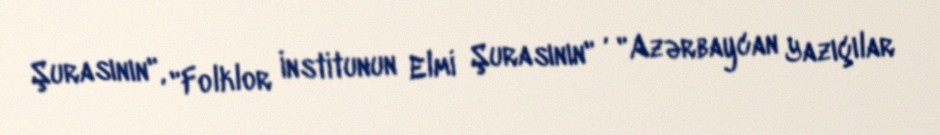
Şurasının", "Folklor İnstitunun Elmi Şurasının" , "Azərbaycan Yazıçılar